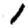
Digit: 1